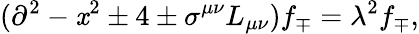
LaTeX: (\partial^{2}-\mathit{x}^{2}\pm4\pm\sigma^{\mu\nu}L_{\mu\nu})f_{\mp}=\lambda^{2}f_{\mp},